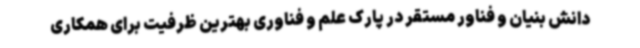
دانش بنیان و فناور مستقر در پارک علم و فناوری بهترین ظرفیت برای همکاری